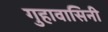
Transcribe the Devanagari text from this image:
गुहावासिनी